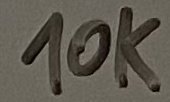
Text: 10K